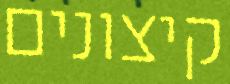
קיצונים